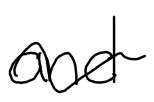
Text: and
Cross-out: wave
Writing tool: digital_black